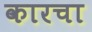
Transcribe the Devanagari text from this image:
कारचा